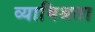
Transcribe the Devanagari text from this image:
व्यामिश्रता